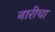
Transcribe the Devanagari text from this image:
नारीचा